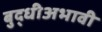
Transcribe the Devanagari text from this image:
बुद्धीअभावी